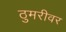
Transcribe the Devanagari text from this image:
ठुमरीवर